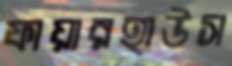
ফায়ারহাউস